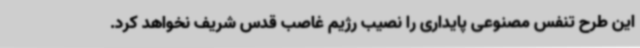
این طرح تنفس مصنوعی پایداری را نصیب رژیم غاصب قدس شریف نخواهد کرد.